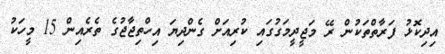
އިދިކޮޅު ފަރާތްތަކުން ރޭ މަޖީދީމަގުގައި ކުރިއަށް ގެންދިޔަ އިހްތިޖާޖުގެ ތެރެއިން 15 މީހަކު